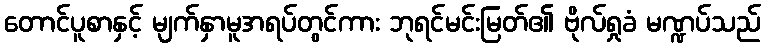
တောင်ပူစာနှင့် မျက်နှာမူအရပ်တွင်ကား ဘုရင်မင်းမြတ်၏ ဗိုလ်ရှုခံ မဏ္ဍပ်သည်